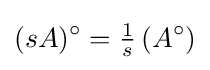
(sA)^{\circ }={\tfrac {1}{s}}\left(A^{\circ }\right)